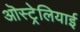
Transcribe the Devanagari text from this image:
ऒस्ट्रेलियाई